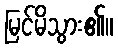
မြင်မိသွား၏။